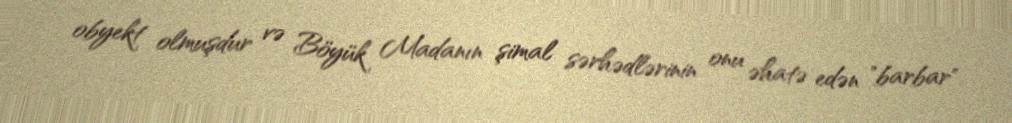
obyekt olmuşdur və Böyük Madanın şimal sərhədlərinin onu əhatə edən "barbar"